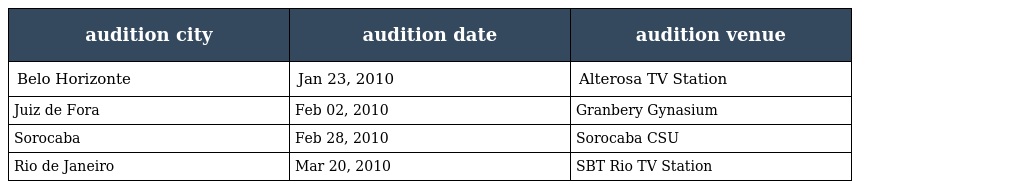
| audition city | audition date | audition venue |
 | --- | --- | --- |
 | Belo Horizonte | Jan 23, 2010 | Alterosa TV Station |
 | Juiz de Fora | Feb 02, 2010 | Granbery Gynasium |
 | Sorocaba | Feb 28, 2010 | Sorocaba CSU |
 | Rio de Janeiro | Mar 20, 2010 | SBT Rio TV Station |